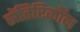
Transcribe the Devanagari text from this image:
सॅतिरिकॉन